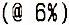
(@ 6%)